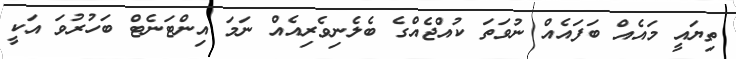
ތިޔައީ މައެއް ބަފައެއް ނުވަތަ ކުއްޖެއްގެ ބެލެނިވެރިއެއް ނަމަ އިންޓަނެޓް ބަހުރުވަ އަކީ